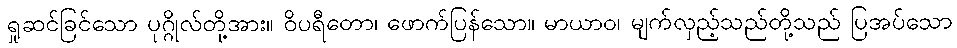
ရှုဆင်ခြင်သော ပုဂ္ဂိုလ်တို့အား။ ဝိပရီတော၊ ဖောက်ပြန်သော။ မာယာဝ၊ မျက်လှည့်သည်တို့သည် ပြအပ်သော